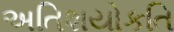
અતિશયોકતિ